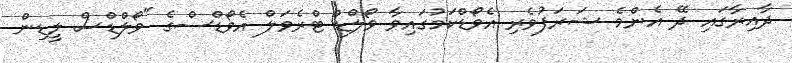
ދާއިރާގައި ދޭ އެންމެ ޝަރަފުވެރި އެވޯޑްކަމުގައިވާ ވޯލްޑް ޓްރެވަލް އެވޯޑްސްގެ "ވޯލްޑްސް ލީޑިން